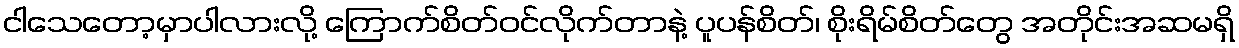
ငါသေတော့မှာပါလားလို့ ကြောက်စိတ်ဝင်လိုက်တာနဲ့ ပူပန်စိတ်၊ စိုးရိမ်စိတ်တွေ အတိုင်းအဆမရှိ